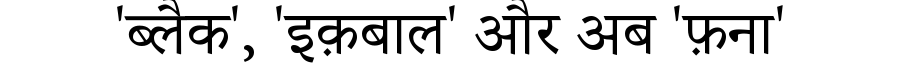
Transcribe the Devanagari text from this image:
'ब्लैक', 'इक़बाल' और अब 'फ़ना'